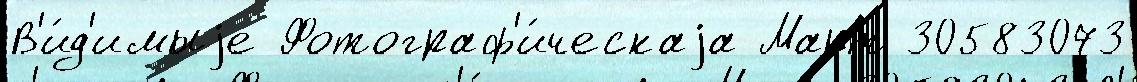
В'и́д'имыjе Фотограф'и́ческаjа Март 30583073